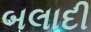
બલાદી